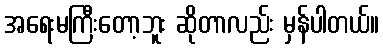
အရေးမကြီးတော့ဘူး ဆိုတာလည်း မှန်ပါတယ်။